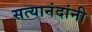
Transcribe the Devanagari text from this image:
सत्यानंदांनी